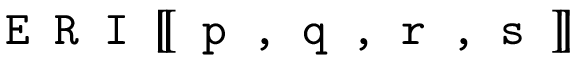
\texttt { E R I } [ \! [ \texttt { p , q , r , s } ] \! ]